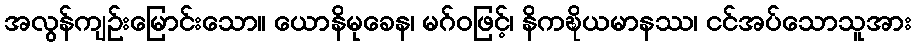
အလွန်ကျဉ်းမြောင်းသော။ ယောနိမုခေန၊ မဂ်ဝဖြင့်၊ နိကဍ္ဎိယမာနဿ၊ ငင်အပ်သောသူအား